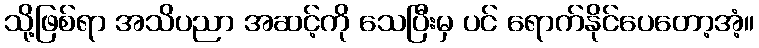
သို့ဖြစ်ရာ အသိပညာ အဆင့်ကို သေပြီးမှ ပင် ရောက်နိုင်ပေတော့အံ့။